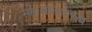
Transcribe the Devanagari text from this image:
महाआनंदोत्सव